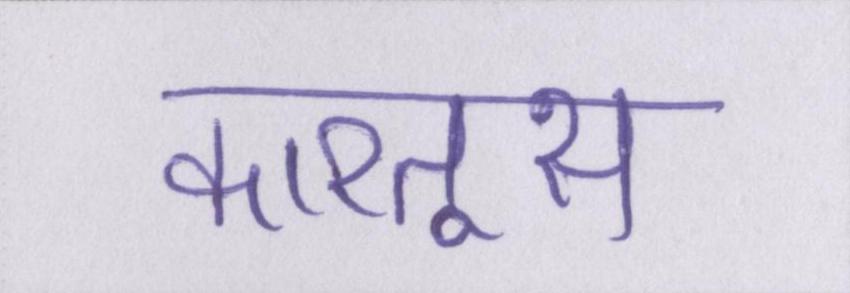
कारतूस